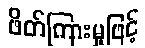
ဖိတ်ကြားမှုဖြင့်